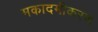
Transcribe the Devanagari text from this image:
मकादमीकरण